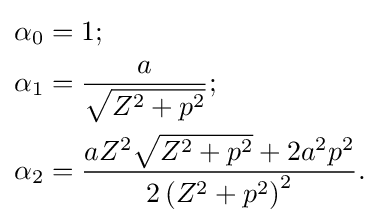
{\begin{aligned}\alpha _{0}&=1;\\\alpha _{1}&={\frac {a}{\sqrt {Z^{2}+p^{2}}}};\\\alpha _{2}&={\frac {aZ^{2}{\sqrt {Z^{2}+p^{2}}}+2a^{2}p^{2}}{2\left(Z^{2}+p^{2}\right)^{2}}}.\end{aligned}}